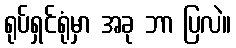
ရုပ်ရှင်ရုံမှာ အခု ဘာ ပြလဲ။